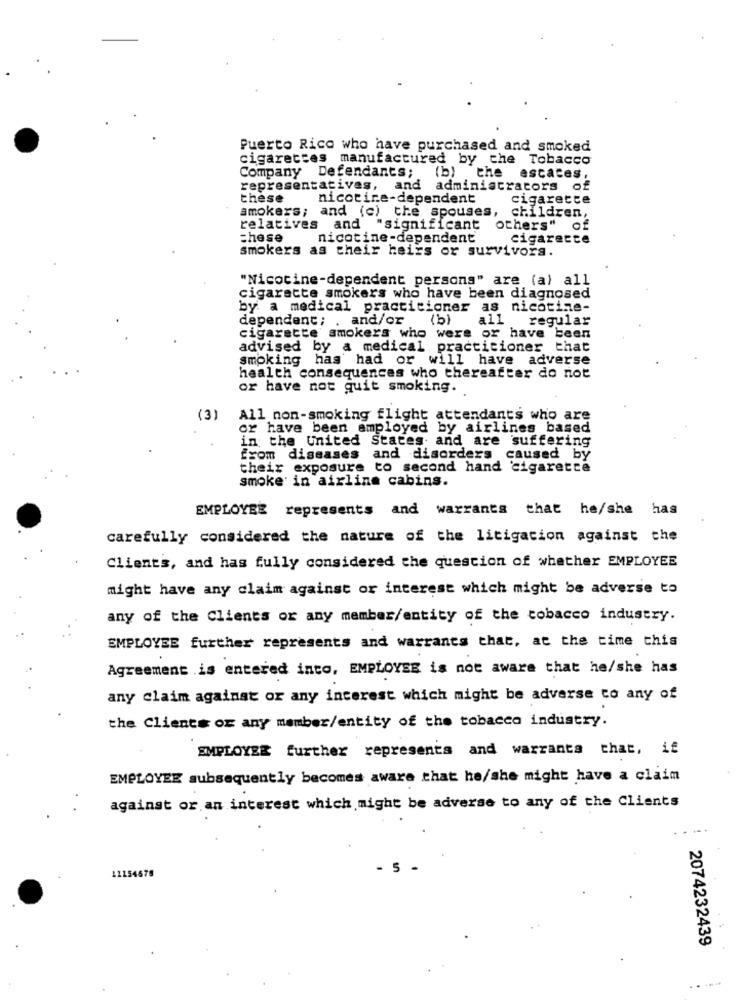
Puerto Rico who have purchased and smoked
cigarettes manufactured by the Tobacco
Company Defendants;
(b) the escaces,
representatives, and administrators of
these
nicotine-dependent
cigarette
smokers; and (c) the spouses, children,
relatives and "significant
others" of
chese
nicotine-dependent
cigarette
smokers as their heirs or survivors.
"Nicotine-dependent persons" are (a) all
cigarette smokers who have been diagnosed
by: a medical practitioner as nicotine-
dependent; . and/or
(b)
all
regular
cigarette smokers who were or have been
advised by a medical practitioner that
smoking has had or will have adverse
health consequences who thereafter do not
or have not quit smoking.
(3)
All non-smoking flight attendants who are
or have been employed by airlines based
in the United States and are suffering
from diseases and disorders caused by
their exposure to second hand cigarette
smoke in airline cabins.
EMPLOYEE represents and warrants that he/she has
carefully considered the nature of the litigation against the
Clients, and has fully considered the question of whether EMPLOYEE
might have any claim against or interest which might be adverse to
any of the Clients or any member/entity of the tobacco industry.
EMPLOYEE further represents and warrants that, at the time this
Agreement .is entered into, EMPLOYEE is not aware that he/she has
any claim against or any interest which might be adverse to any of
the Clients or any member/entity of the tobacco industry.
EMPLOYER further represents and warrants that, if
EMPLOYEE subsequently becomes aware that he/she might have a claim
against or an interest which might be adverse to any of the Clients
12154679
- 5 -
2074232439
.....